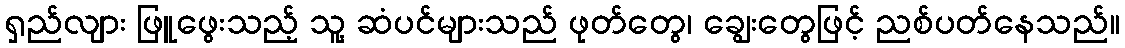
ရှည်လျား ဖြူဖွေးသည့် သူ့ ဆံပင်များသည် ဖုတ်တွေ၊ ချွေးတွေဖြင့် ညစ်ပတ်နေသည်။